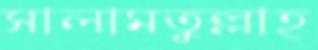
সালামতুল্লাহ